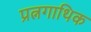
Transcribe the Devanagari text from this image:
प्रत्नगाथिक